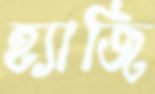
হ্যাজি